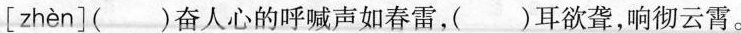
[zhèn]( )奋人心的呼喊声如春雷，( )耳欲聋，响彻云霄。